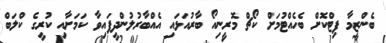
ބެންޒީމާ ފިޓްކޮށް ބެހެއްޓުމަށް ކޯޗް މޮރީނިއޯ ބާރުއަޅައި އެއްބާރުލުންދީފައިވާ ކަމަށާއި ކުރީގެ ކްލަބް